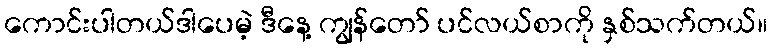
ကောင်းပါတယ်ဒါပေမဲ့ ဒီနေ့ ကျွန်တော် ပင်လယ်စာကို နှစ်သက်တယ်။